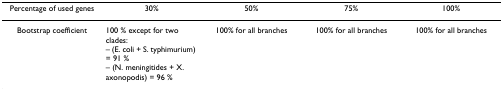
<table><thead><tr><td><b>Percentage of used genes</b></td><td><b>30%</b></td><td><b>50%</b></td><td><b>75%</b></td><td><b>100%</b></td></tr></thead><tbody><tr><td>Bootstrap coefficient</td><td>100 % except for two clades:– (E. coli + S. typhimurium) = 91 %– (N. meningitides + X. axonopodis) = 96 %</td><td>100% for all branches</td><td>100% for all branches</td><td>100% for all branches</td></tr></tbody></table>